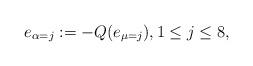
LaTeX: \begin{align*}e_{\alpha=j}:=-Q(e_{\mu=j}),1\leq j\leq 8,\end{align*}